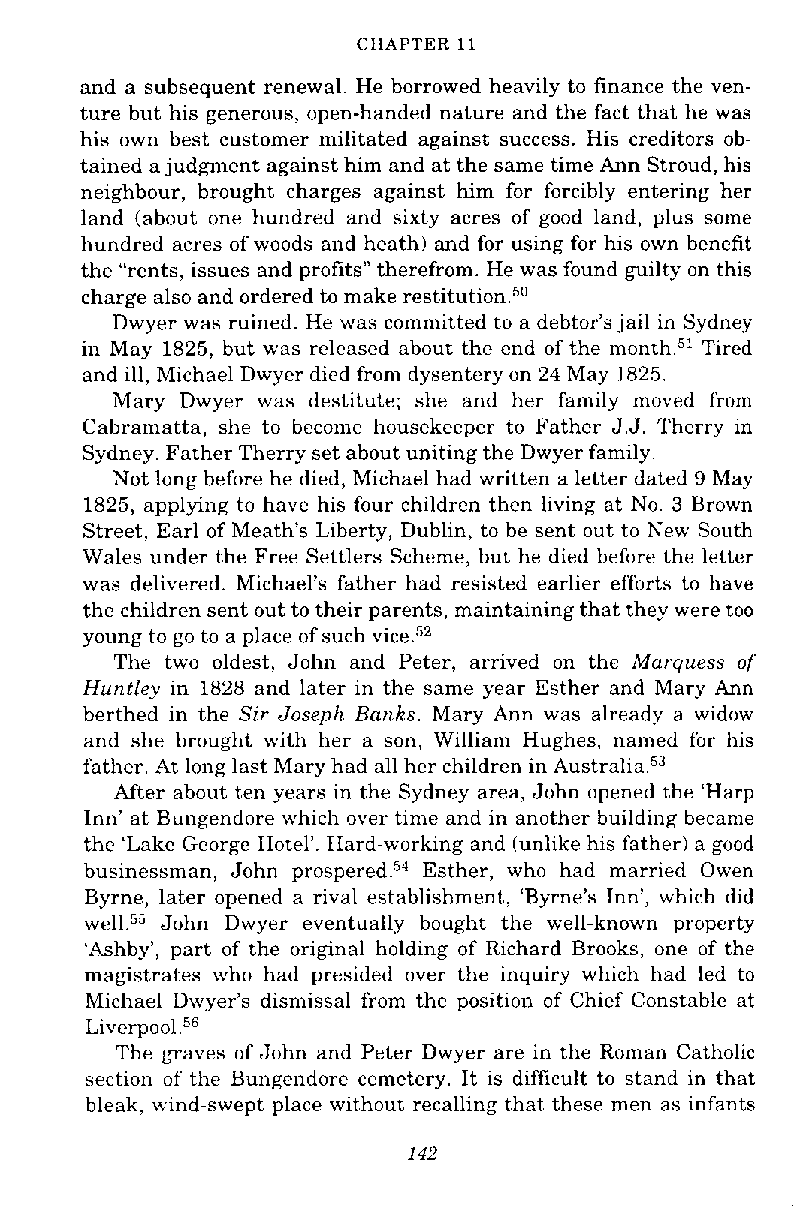
CHAPTER 11
 and a subsequent renewal. He borrowed heavily to finance the ven-
 ture but his generous, open-handed nature and the fact that he was
 his own best customer militated against success. His creditors ob-
 tained a judgment against him and at the same time Ann Stroud, his
 neighbour, brought charges against him for forcibly entering her
 land (about one hundred and sixty acres of good land, plus some
 hundred acres of woods and heath) and for using for his own benefit
 the "rents, issues and profits" therefrom. He was found guilty on this
 charge also and ordered to make restit~tion.~~
 Dwyer was ruined. He was committed to a debtor's jail in Sydney
 in May 1825, but was released about the end of the month.51T ired
 and ill, Michael Dwyer died from dysentery on 24 May 1825.
 Mary Dwyer was destitute; she and her family moved from
 Cabramatta, she to become housekeeper to Father J.J. Therry in
 Sydney. Father Therry set about uniting the Dwyer family.
 Not long before he died, Michael had written a letter dated 9 May
 1825, applying to have his four children then living at No. 3 Brown
 Street, Earl of Meath's Liberty, Dublin, to be sent out to New South
 Wales under the Free Settlers Scheme, but he died before the letter
 was delivered. Michael's father had resisted earlier efforts to have
 the children sent out to their parents, maintaining that they were too
 young to go to a place of such vice.52
 The two oldest, John and Peter, arrived on the Marquess of
 Huntley in 1828 and later in the same year Esther and Mary Ann
 berthed in the Sir Joseph Banks. Mary Ann was already a widow
 and she brought with her a son. William Hughes, named for his
 father. At long last Mary had all her children in A~stralia.~"
 After about ten years in the Sydney area, John opened the 'Harp
 Inn' at Bungendore which over time and in another building became
 the 'Lake George Hotel'. Hard-working and (unlike his father) a good
 businessman, John prospered.54 Esther, who had married Owen
 Byrne, later opened a rival establishment, 'Byrne's Inn', which did
 John Dwyer eventually bought the well-known property
 'Ashby', part of the original holding of Richard Brooks, one of the
 magistrates who had presided over the inquiry which had led to
 Michael Dwyer's dismissal from the position of Chief Constable at
 Liverp001.~~
 The graves of John and Peter Dwyer are in the Roman Catholic
 section of the Bungendore cemetery. It is difficult to stand in that
 bleak, wind-swept place without recalling that these men as infants